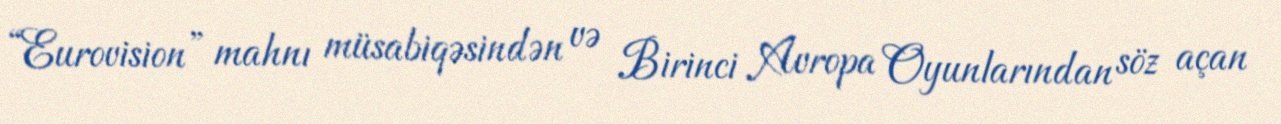
“Eurovision” mahnı müsabiqəsindən və Birinci Avropa Oyunlarından söz açan